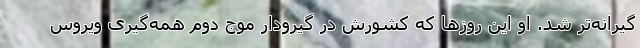
گیرانه‌تر شد. او این روزها که کشورش در گیرودار موج دوم همه‌گیری ویروس